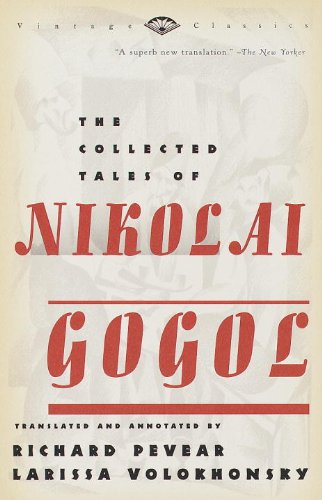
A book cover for The Collected Tales of Nikolai Gogol; Nikolai Gogol; Literature & Fiction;